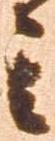
其